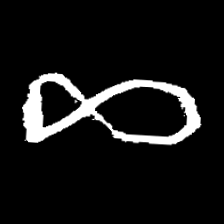
Pyu character \u2014 Myanmar letter: ဆ (romanized: cha)